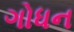
ગોધન